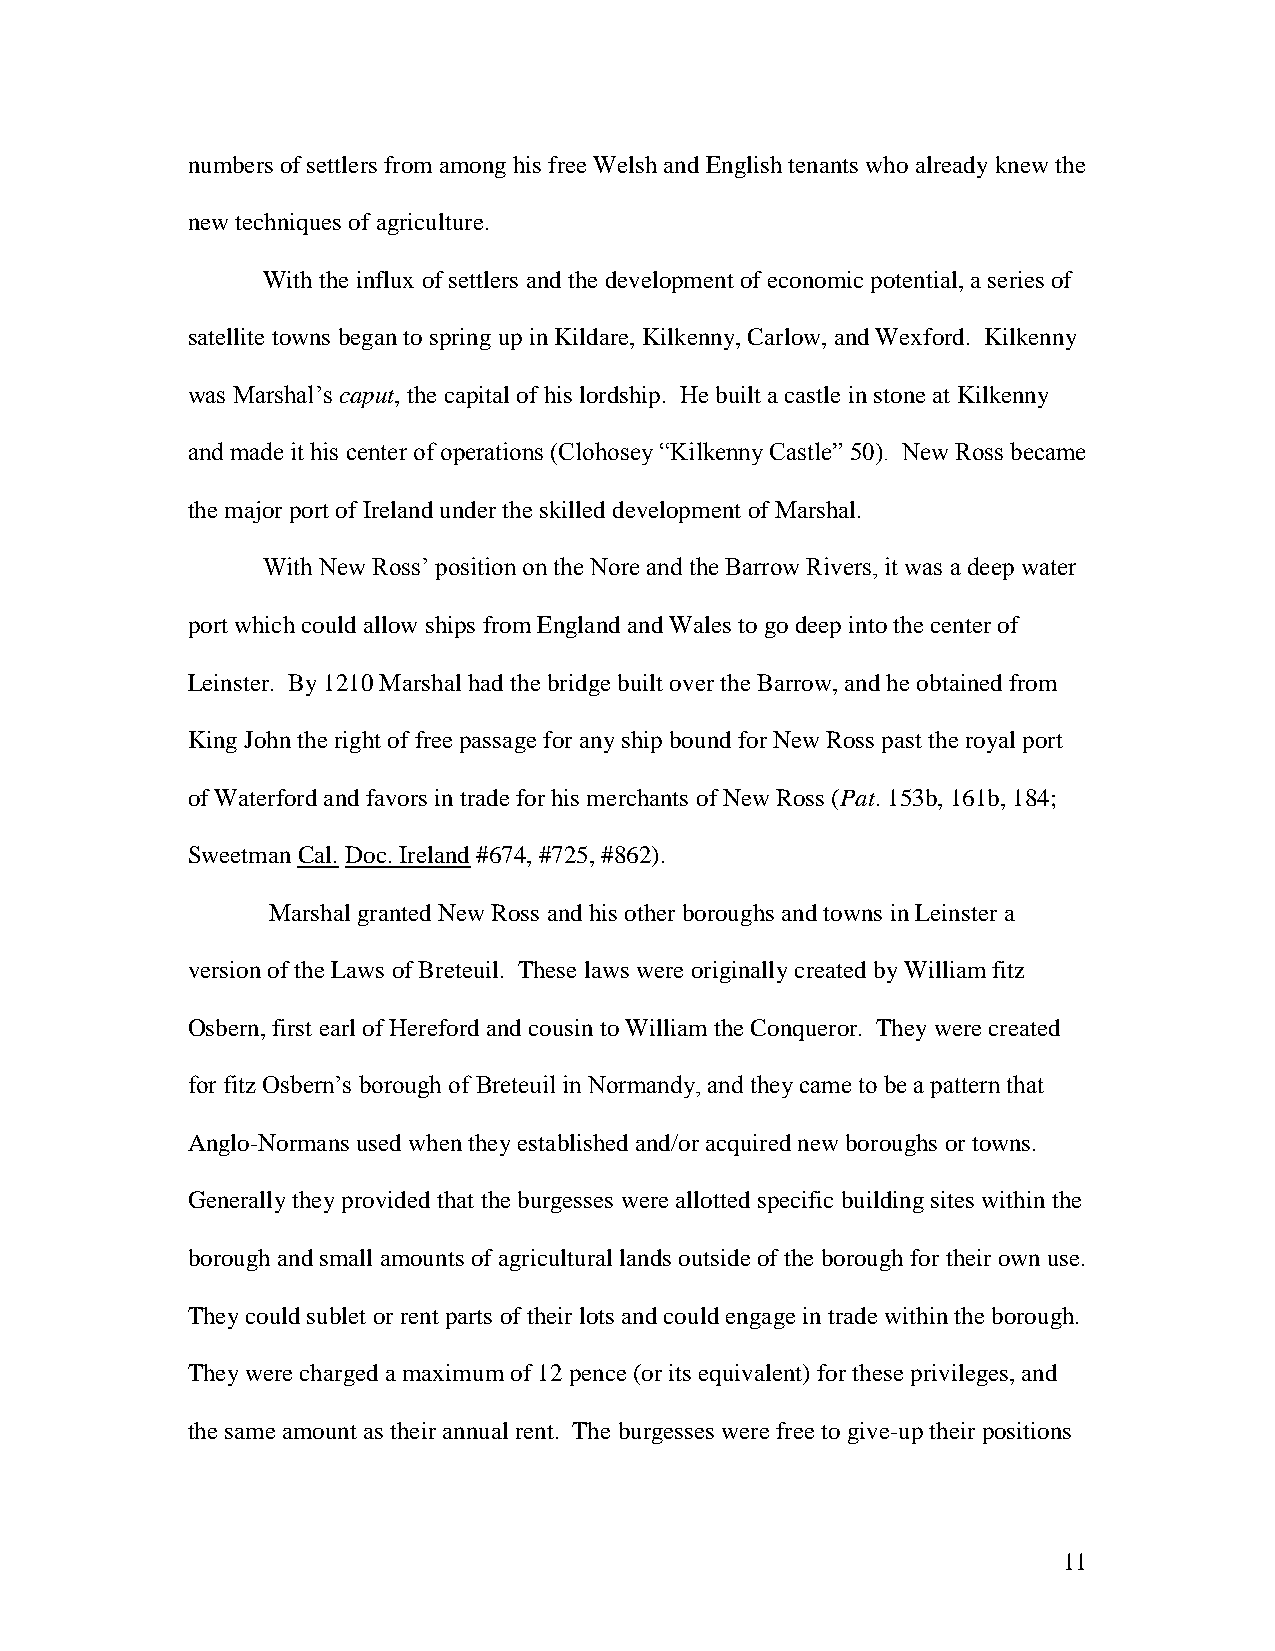
numbers of settlers from among his free Welsh and English tenants who already knew the
 new techniques of agriculture.
 With the influx of settlers and the development of economic potential, a series of
 satellite towns began to spring up in Kildare, Kilkenny, Carlow, and Wexford. Kilkenny
 was Marshal‟s caput, the capital of his lordship. He built a castle in stone at Kilkenny
 and made it his center of operations (Clohosey “Kilkenny Castle” 50). New Ross became
 the major port of Ireland under the skilled development of Marshal.
 With New Ross‟ position on the Nore and the Barrow Rivers, it was a deep water
 port which could allow ships from England and Wales to go deep into the center of
 Leinster. By 1210 Marshal had the bridge built over the Barrow, and he obtained from
 King John the right of free passage for any ship bound for New Ross past the royal port
 of Waterford and favors in trade for his merchants of New Ross (Pat. 153b, 161b, 184;
 Sweetman Cal. Doc. Ireland #674, #725, #862).
 Marshal granted New Ross and his other boroughs and towns in Leinster a
 version of the Laws of Breteuil. These laws were originally created by William fitz
 Osbern, first earl of Hereford and cousin to William the Conqueror. They were created
 for fitz Osbern‟s borough of Breteuil in Normandy, and they came to be a pattern that
 Anglo-Normans used when they established and/or acquired new boroughs or towns.
 Generally they provided that the burgesses were allotted specific building sites within the
 borough and small amounts of agricultural lands outside of the borough for their own use.
 They could sublet or rent parts of their lots and could engage in trade within the borough.
 They were charged a maximum of 12 pence (or its equivalent) for these privileges, and
 the same amount as their annual rent. The burgesses were free to give-up their positions
 11